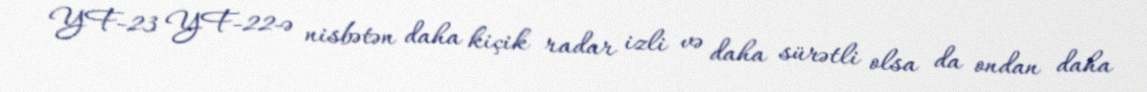
YF-23 YF-22-ə nisbətən daha kiçik radar izli və daha sürətli olsa da ondan daha